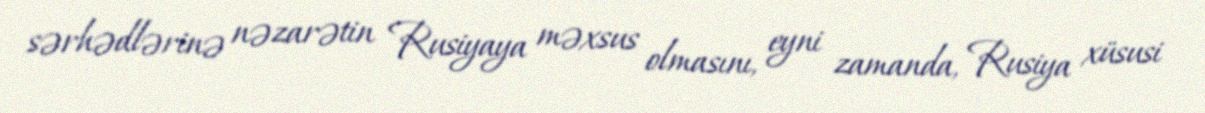
sərhədlərinə nəzarətin Rusiyaya məxsus olmasını, eyni zamanda, Rusiya xüsusi